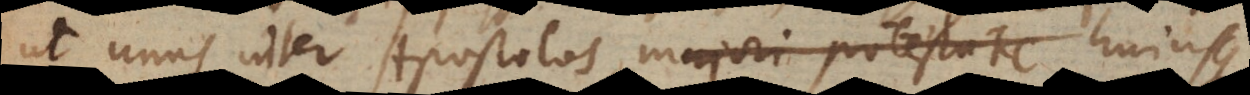
ut unus inter Apostolos, majori potestate hujusque